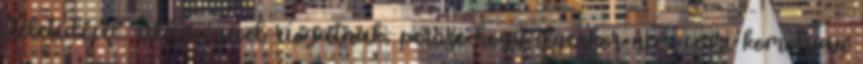
ítéletidővel, világvégével riogatnak, persze hogy ilyenkor nem veszi komolyan